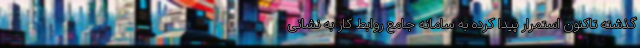
گذشته تاکنون استمرار پیدا کرده به سامانه جامع روابط کار به نشانی